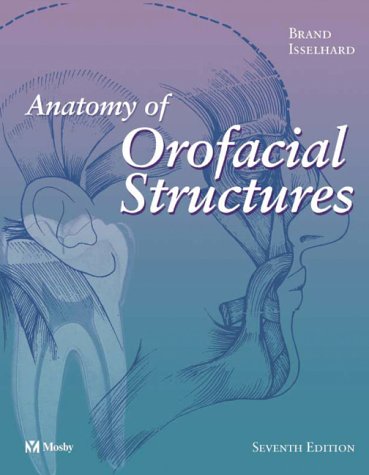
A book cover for Anatomy of Orofacial Structures, 7e (Anatomy of Orofacial Structures (Brand)); Richard W. Brand; Medical Books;